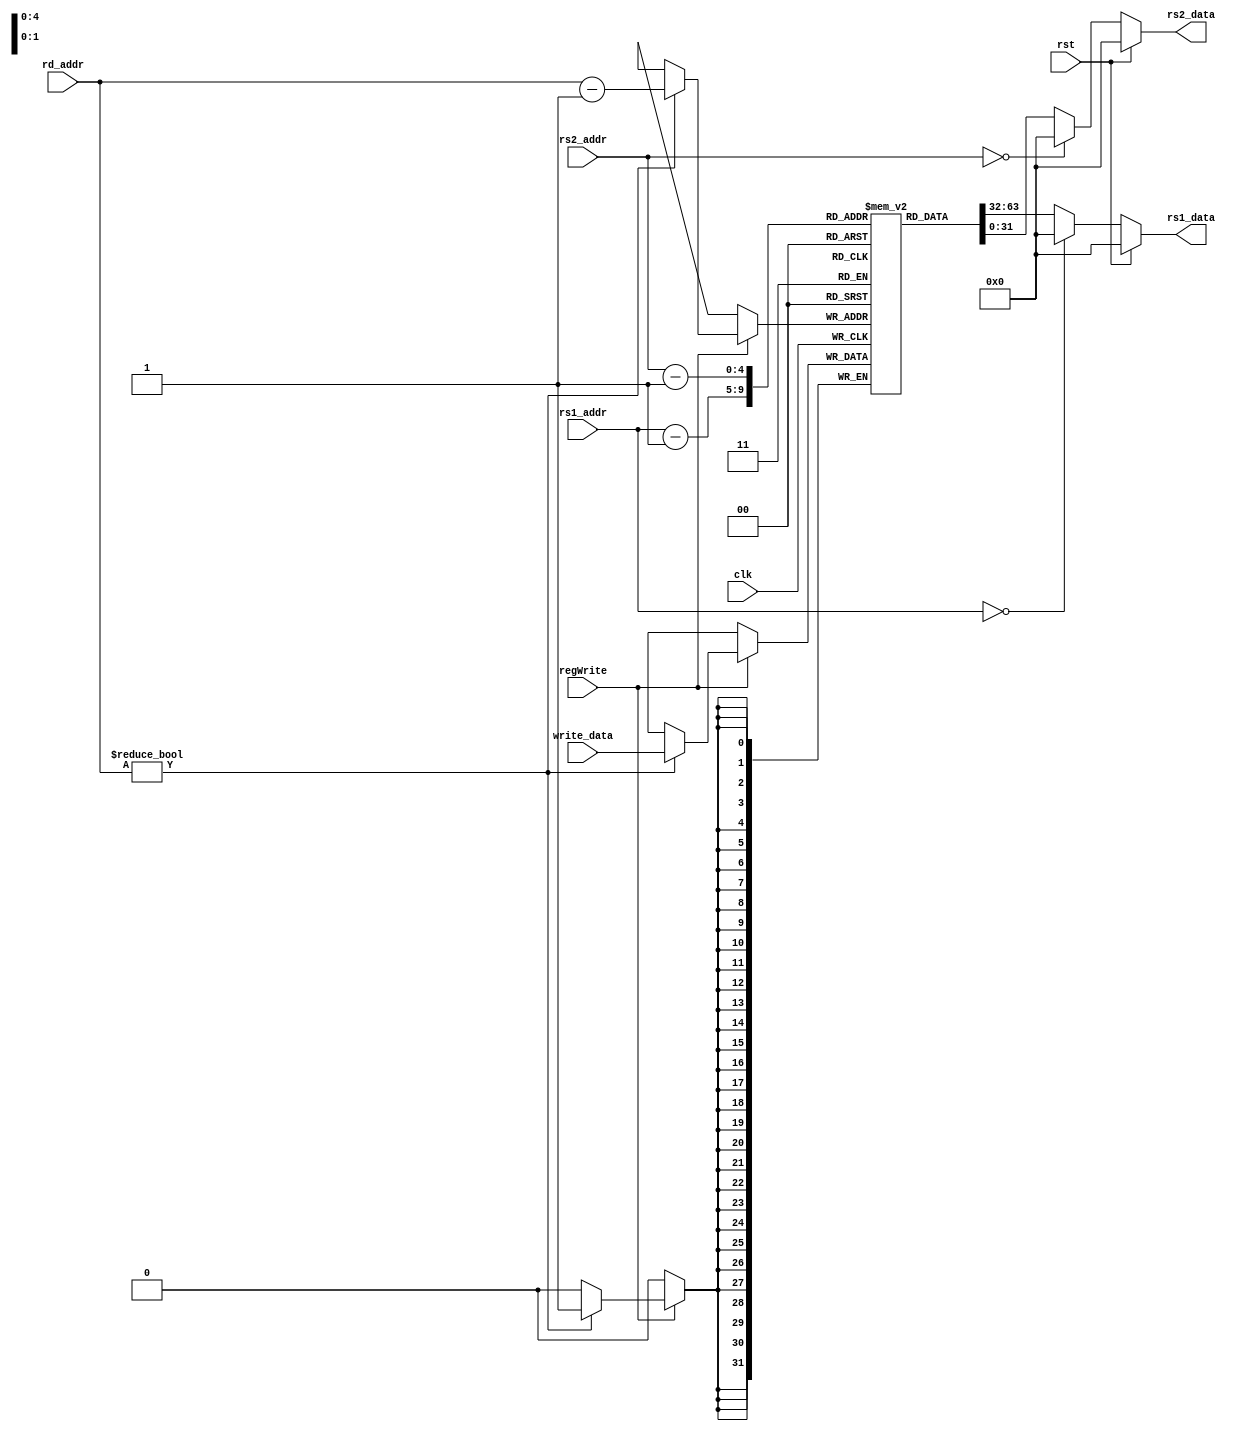
`timescale 1ns / 1ps
//////////////////////////////////////////////////////////////////////////////////
// Company: 
// Engineer: 
// 
// Design Name: 
// Module Name: register_file
// Project Name: 
// Target Devices: 
// Tool Versions: 
// Description: 
// 
// Dependencies: 
// 
// Revision:
// Revision 0.01 - File Created
// Additional Comments:
// 
//////////////////////////////////////////////////////////////////////////////////

(* KEEP_HIERARCHY = "YES" *) 
module register_file #(parameter WIDTH=32) (
    rs1_addr, rs2_addr, rd_addr, rs1_data, rs2_data, write_data, regWrite, rst, clk
    );
    input [4:0] rs1_addr;
    input [4:0] rs2_addr;
    input [4:0] rd_addr;
    input [WIDTH-1:0] write_data;
    input regWrite;
    output reg [WIDTH-1:0] rs1_data;
    output reg [WIDTH-1:0] rs2_data;
    input rst;
    input clk;
    integer i;
    
    reg [WIDTH-1:0] registers [0:30]; //31 since x0 is always 0 so we dont need to bother storing it
    
    initial begin
        for(i = 0; i < 31; i=i+1) begin
            registers[i] = i+1;
        end
    end
    
    always @* begin
        if (rst) begin
            rs1_data <= {WIDTH{1'b0}};
            rs2_data <= {WIDTH{1'b0}};
        end else begin
            rs1_data <= (rs1_addr == 0) ? {WIDTH{1'b0}} : registers[rs1_addr - 1]; //if address is 0, send in hardcoded 0
            rs2_data <= (rs2_addr == 0) ? {WIDTH{1'b0}} : registers[rs2_addr - 1]; //otherwise subtract 1 from the address, since reg 1 is at addr 0, reg 2 is at 1, etc
        end
    end
    
    always @(posedge clk) begin
         if (regWrite) begin
            if (rd_addr != 0) begin
                registers[rd_addr - 1] <= write_data; 
            end 
        end
    end
    
    /*always @(posedge rst) begin
        if (rst) begin
            for (i = 1; i < 32; i=i+1) begin
                registers[i - 1] <= {WIDTH{1'b0}};
            end
        end
    end*/
    
endmodule